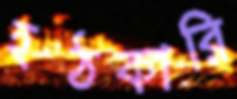
হঠকারি